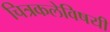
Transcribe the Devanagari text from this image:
चित्रकलेविषयी